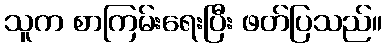
သူက စာကြမ်းရေးပြီး ဖတ်ပြသည်။